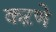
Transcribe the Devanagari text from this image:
कऱणे